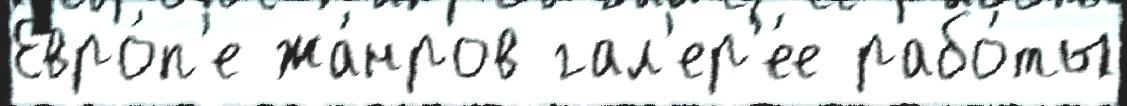
Евро́п'е жа́нров гал'ер'е́е рабо́ты